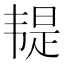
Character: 𩏿